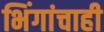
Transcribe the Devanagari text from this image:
भिंगांचाही